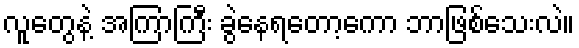
လူတွေနဲ့ အကြာကြီး ခွဲနေရတော့ကော ဘာဖြစ်သေးလဲ။